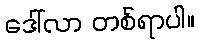
ဒေါ်လာ တစ်ရာပါ။